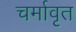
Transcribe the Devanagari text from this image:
चर्मावृत